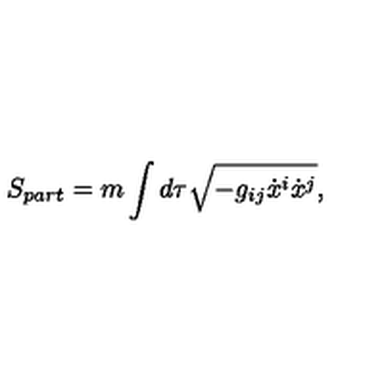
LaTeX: S _ { p a r t } = m \int d \tau \sqrt { - g _ { i j } \dot { x } ^ { i } \dot { x } ^ { j } } ,